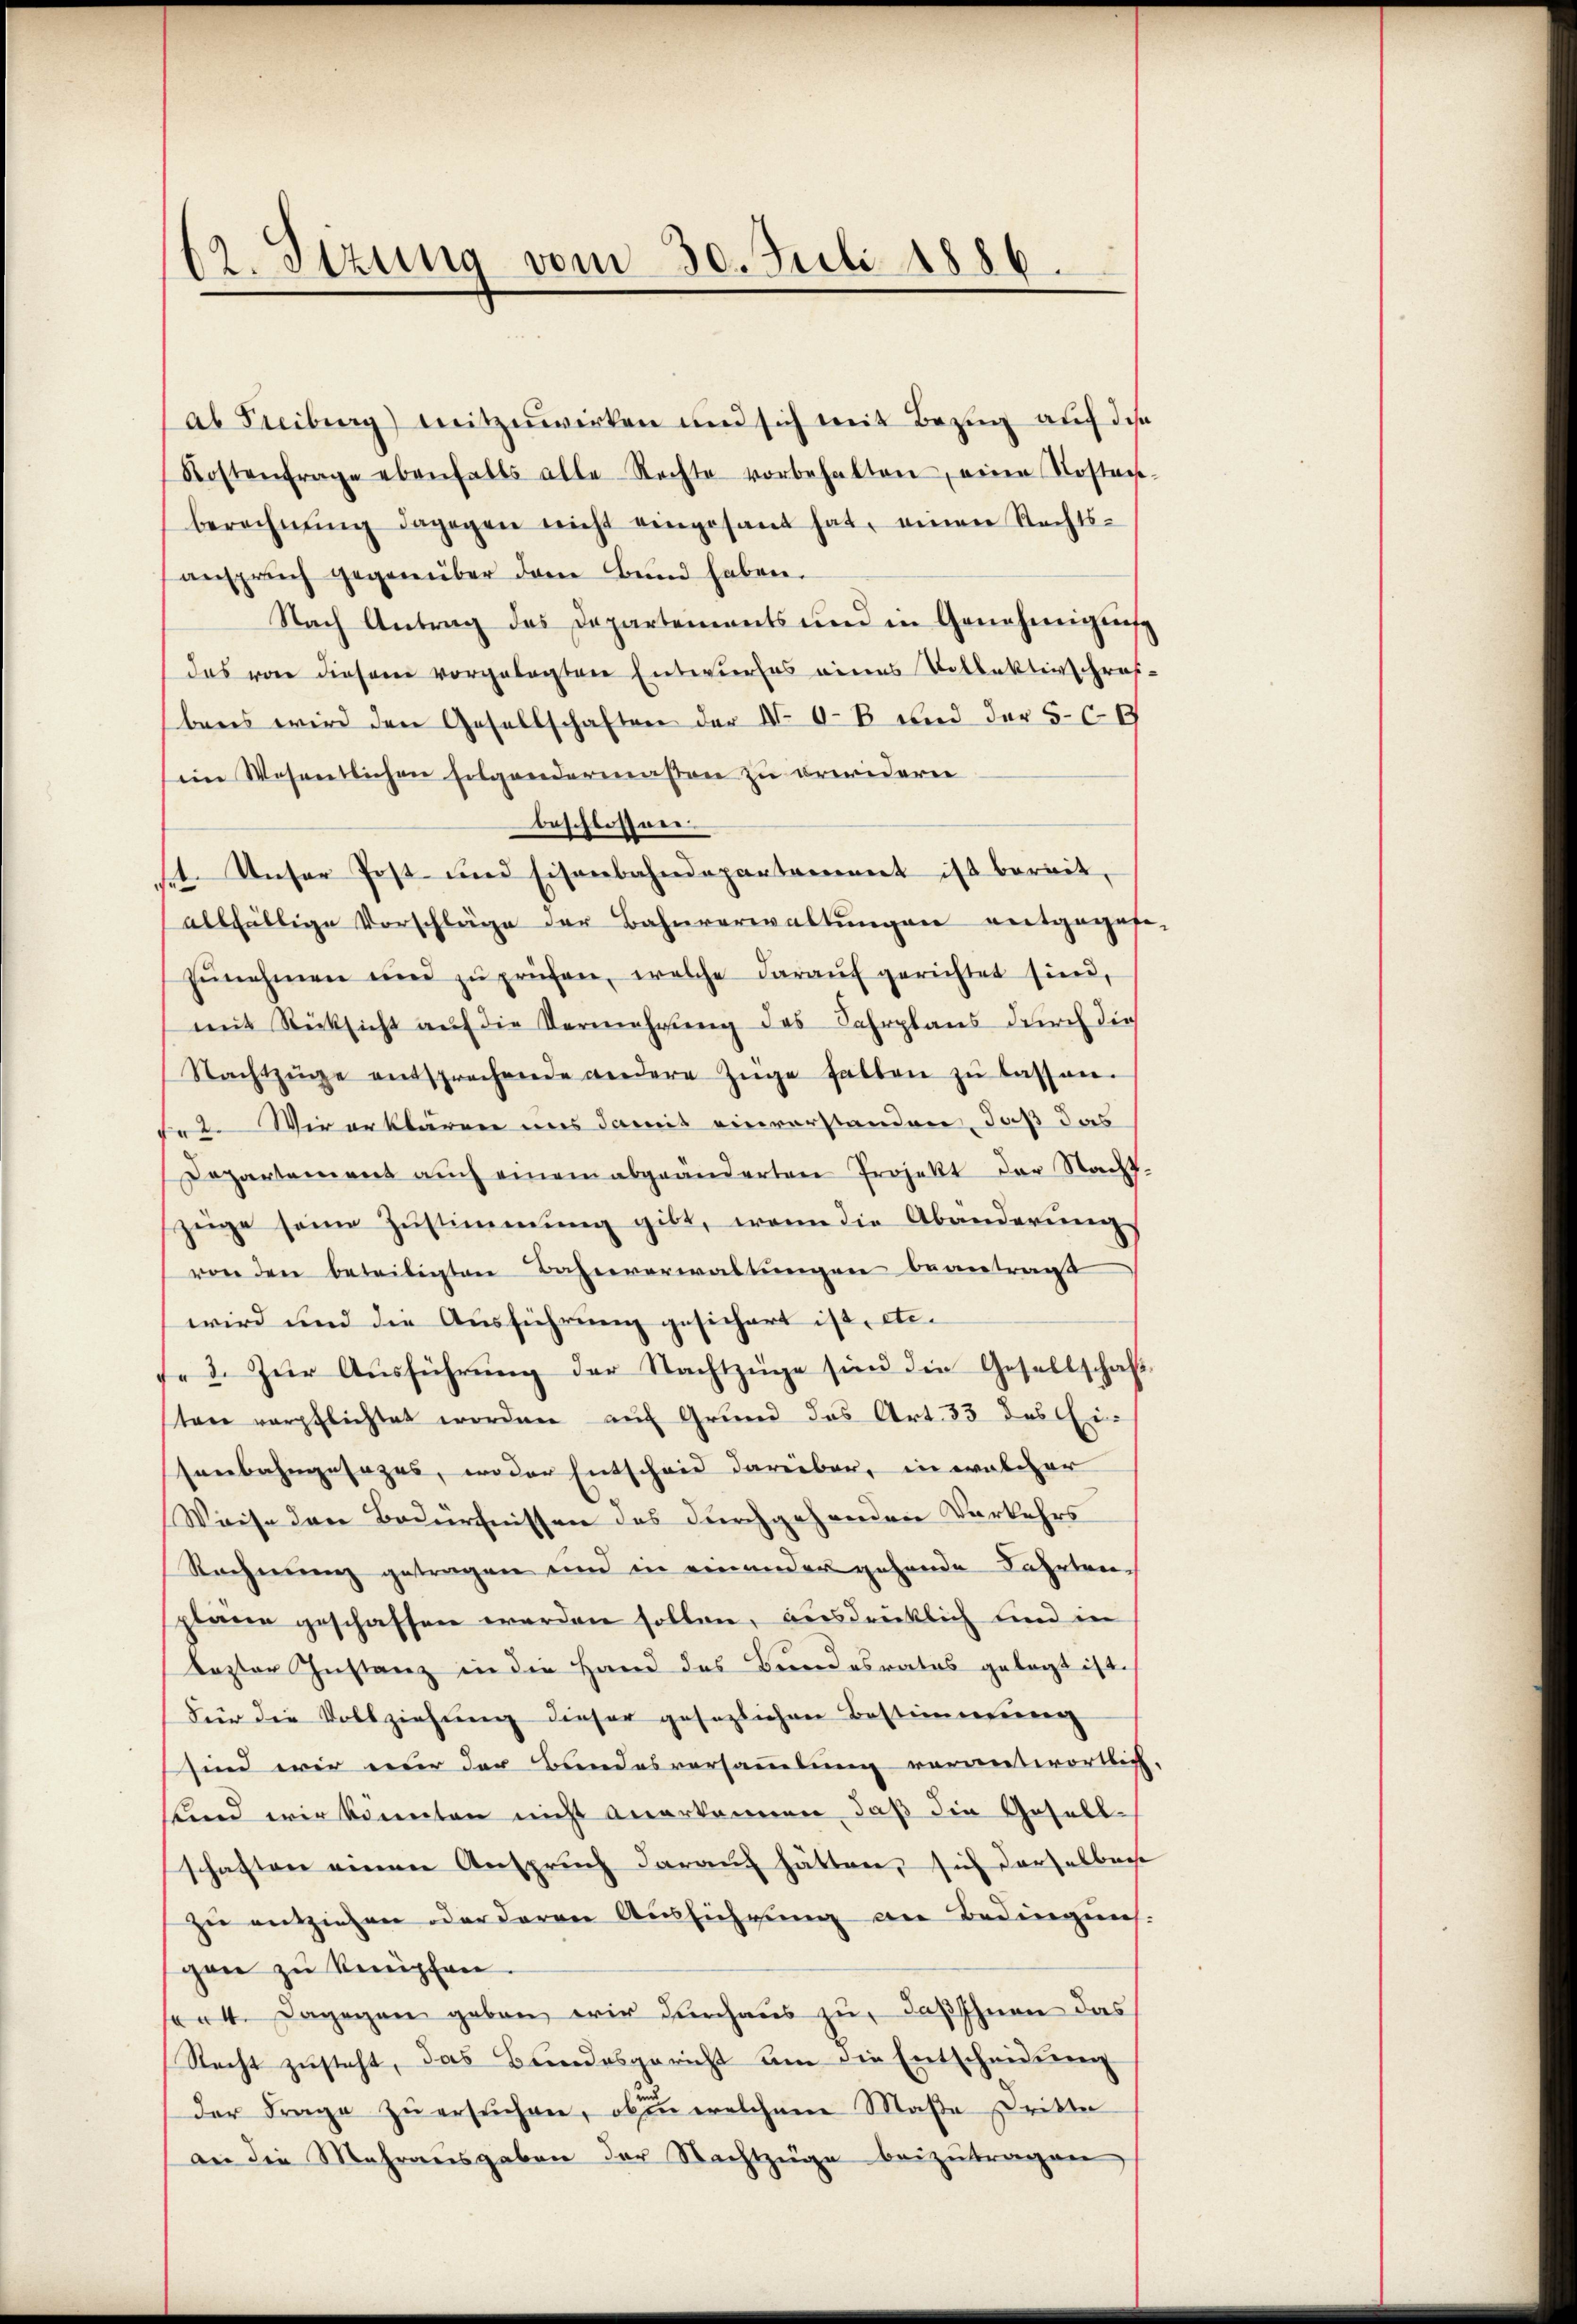
62. Sizung vom 30. Juli 1886.

al Freiburg) mitzuwirken und sich mit Bezŭg aŭf di
Kostenfrage ebenfalls alle Rechte vorbehalten, einen Kosten
berechnŭng dagegen nicht eingesant hat, einen Rechts-
anspruch gegenüber dem Bund haben.
Nach Antrag des Departements und in Genehmigun
das von diesem vorgelegten Entwurfes eines Vollektirschrif
bens wird den Gesellschaften der No 0-8 und der 509
im Wesentlichen Folgendermaßen zu erwidern
beschlossen.
t. Unser Post und Eisenbahndepartement ist bereit,
allfällige Vorschläge der Bahnverwaltungen entgeges
Eŭnehmen und zŭ prüfen, welche daraŭf gerichtet sind,
mit Rücksicht aŭf die Vermehrŭng des Fahrplans durch die
Nachtzüge entsprechende andere Züge halten zŭ lassen.
te. Wir erklären uns damit einverstanden, daß das
Departement aŭch einem abgeänderten Projekt der Nacht
züge seine Zustimmung gibt, wenn die Abänderung
von den beteiligten Bahnverwaltungen beantragt
wird und die Ausführung gesichert ist, etc.
f. 3. Zŭr Aŭsführŭng der Nachtzüge sind die Gesellschaft
ten verpflichtet worden auf Grund das Art. 33 des Eisenbahngesazes, woder Entscheid darüber, in welcher
Weise den Bedürfnissen des durchgehenden Verkehrs
Rechnung getragen und in einender gehende Fahrten-
plane geschaffen werden sollen, ausdrücklich und in
lezter Instanz in die Hand des Bundesrates gelegt ist.
Für die Vollziehung dieser gesezlichen Bestimmung
sind wir nur der Bundesversammlung verantwortlich
und wir konnten nicht anerkennen, daß die Gesell-
schaften einen Ansprŭch daraŭf hätten, sich darfelbar
zu entziehen oder deren Ausführung an Bedingung
gen zŭ knüpfen.
/4. Dagegen geben wir durchaus zu, daß Ihnen das
Recht zŭsteht, das Bundesgericht um die Entscheidŭng
der Frage zŭ ersŭchen, ob in welchem Maße Dritte
an die Mehraŭsgaben der Nachtzüge beizutragen,